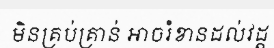
មិនគ្រប់គ្រាន់ អាចរំខានដល់វដ្ត